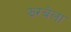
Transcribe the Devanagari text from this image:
झरबेला